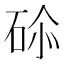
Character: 𥒨